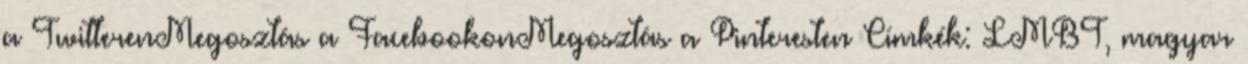
a TwitterenMegosztás a FacebookonMegosztás a Pinteresten Címkék: LMBT, magyar